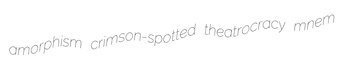
amorphism crimson-spotted theatrocracy mnem